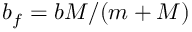
b _ { f } = b M / ( m + M )